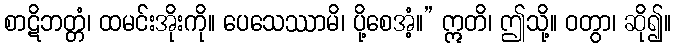
စာဋိဘတ္တံ၊ ထမင်းအိုးကို။ ပေသေဿာမိ၊ ပို့စေအံ့။” ဣတိ၊ ဤသို့။ ဝတွာ၊ ဆို၍။